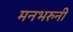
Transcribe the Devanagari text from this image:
मनभरुनी